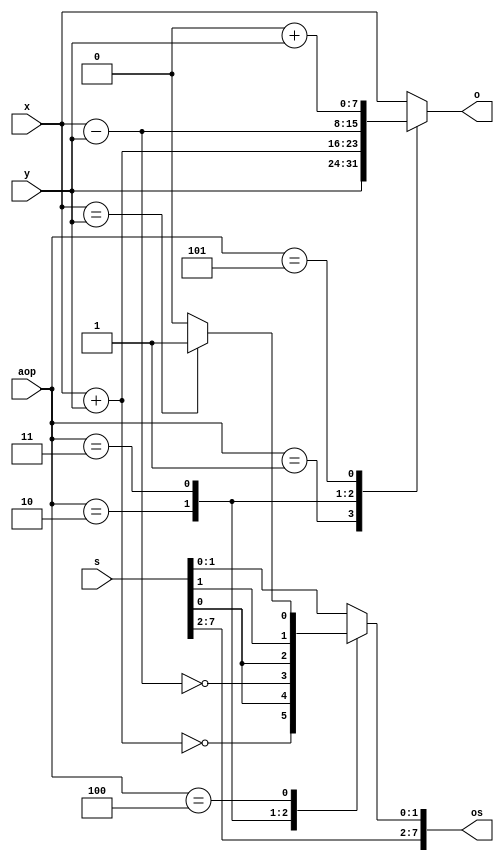
module alu(
    input [4:0] aop,
    input [7:0] x,
    input [7:0] y,
	 input [7:0] s,
    output reg [7:0] o,
	 output reg [7:0] os
    );

wire [7:0] sum;
wire sumzero;
wire [7:0] diff;
wire diffzero;
wire equal;
wire [7:0] lshifted;
wire [7:0] lshsum;
assign sum = x + y;
assign sumzero = (sum == 8'd0);
assign diff = x - y;
assign diffzero = (diff == 8'd0);
assign equal = (x == y) ? 1'b1 : 1'b0;
assign lshifted = {x[7:1], 0};
assign lshsum = lshifted + y;


parameter [4:0] RETX = 5'b00000;
parameter [4:0] RETY = 5'b00001;
parameter [4:0] ADD = 5'b00010;
parameter [4:0] SUB = 5'b00011;
parameter [4:0] CMP = 5'b00100;
parameter [4:0] LSHIFT = 5'b00101;

always @(aop or x or y) begin
	case (aop)
		RETX: begin
			o = x;
			os = s;
		end
		RETY: begin
			o = y;
			os = s;
		end
		ADD: begin
			o = sum;
			os = {s[7:2], sumzero, s[0]};
		end
		SUB: begin
			o = diff;
			os = {s[7:2], diffzero, s[0]};
		end
		CMP: begin
			o = x;
			os = {s[7:1], equal};
		end
		LSHIFT: begin
			o = lshsum;
			os = s;
		end
		default: begin
			o = x;
			os = s;
		end
	endcase
end
endmodule